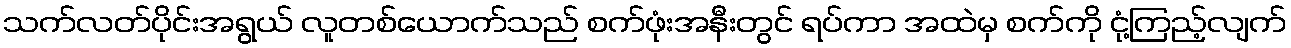
သက်လတ်ပိုင်းအရွယ် လူတစ်ယောက်သည် စက်ဖုံးအနီးတွင် ရပ်ကာ အထဲမှ စက်ကို ငုံ့ကြည့်လျက်